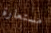
مستعارة